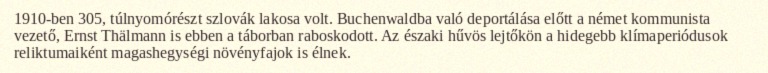
1910-ben 305, túlnyomórészt szlovák lakosa volt. Buchenwaldba való deportálása előtt a német kommunista vezető, Ernst Thälmann is ebben a táborban raboskodott. Az északi hűvös lejtőkön a hidegebb klímaperiódusok reliktumaiként magashegységi növényfajok is élnek.